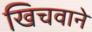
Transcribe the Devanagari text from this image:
खिचवाने